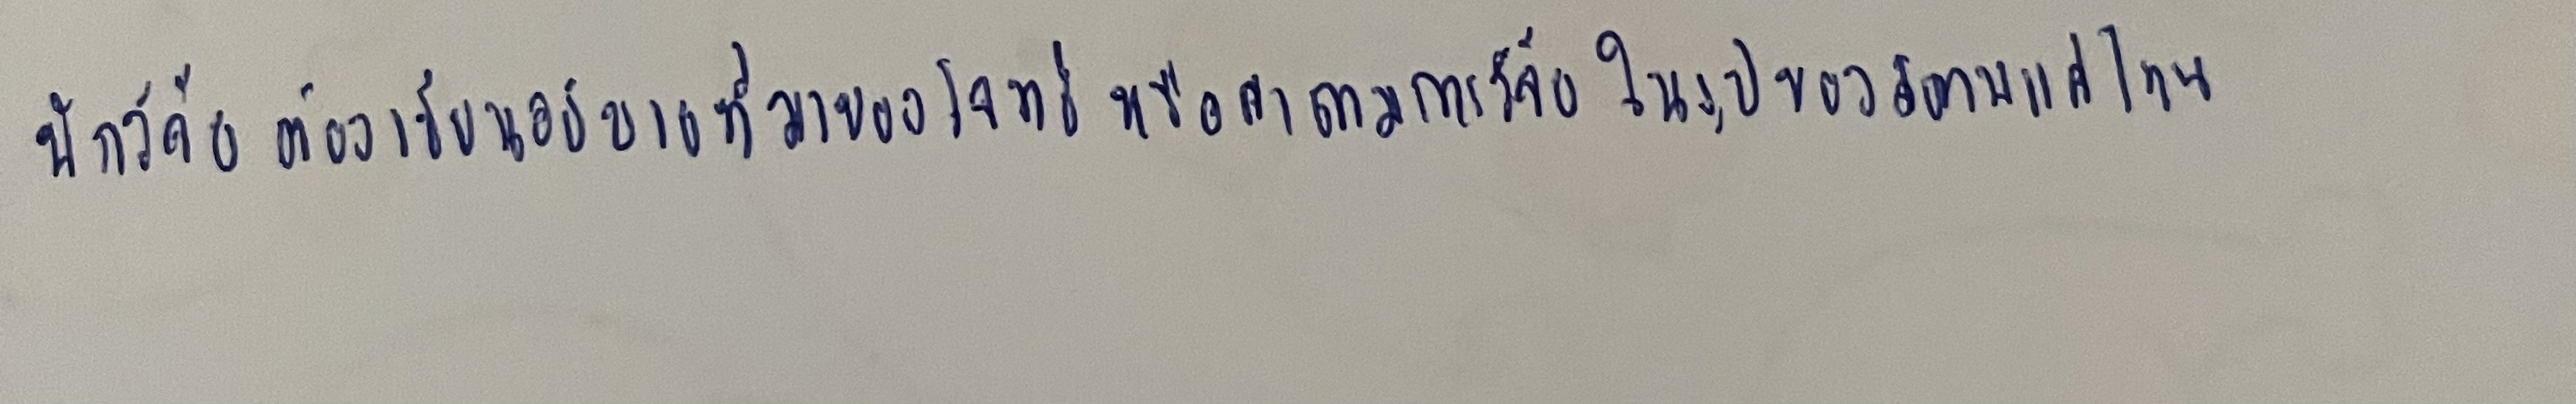
นักวิจัยต้องเขียนอธิบายที่มาของโจทย์หรือคำถามการวิจัยในรูปของสภาพแค่ไหน